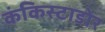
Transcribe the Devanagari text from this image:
कंकिस्टाडोर